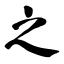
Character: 之